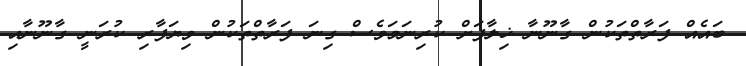
ބައެއް ފަރާތްތަކުން ގާނޫނާ ޚިލާފަށް ކުރިނަމަވެސް ގިނަ ފަރާތްތަކުން ވިޔަފާރި ކުރަނީ ގާނޫނާއި